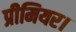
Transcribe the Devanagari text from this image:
प्रीमियर।